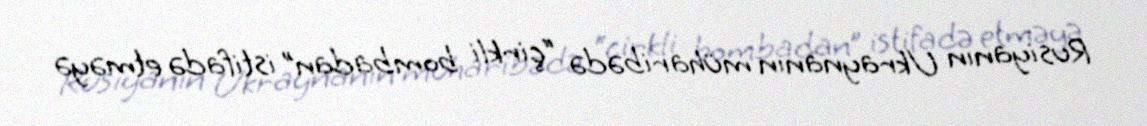
Rusiyanın Ukraynanın müharibədə “çirkli bombadan” istifadə etməyə